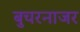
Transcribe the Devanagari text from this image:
बुचरनाजर